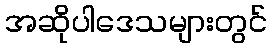
အဆိုပါဒေသများတွင်